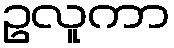
ဥလူကာ